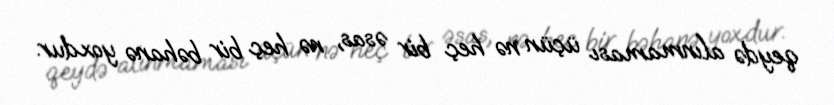
qeydə alınmaması üçün nə heç bir əsas, nə heç bir bəhanə yoxdur.